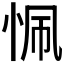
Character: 𢙜